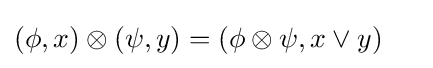
(\phi ,x)\otimes (\psi ,y)=(\phi \otimes \psi ,x\vee y)~~~~